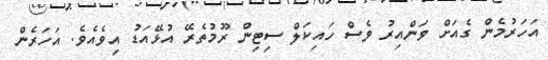
އަހަރުމެން ގެއަށް ވަންއިރު ވެސް ހައިކަލް ސިޓިން ރޫމުތެރޭ އުޅޭއަޑު އިވެއެވެ. އަހަރެން